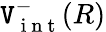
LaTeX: \mathtt{V}_{\mathrm{{~i~n~t~}}}^{-}(R)